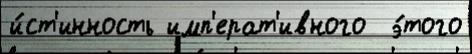
и́ст'инность имп'ерат'ивного  э́того